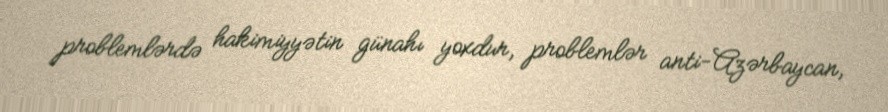
problemlərdə hakimiyyətin günahı yoxdur, problemlər anti-Azərbaycan,